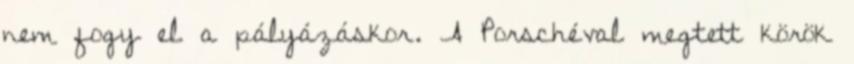
nem fogy el a pályázáskor. A Porschéval megtett körök